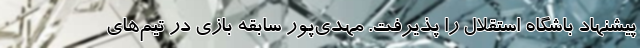
پیشنهاد باشگاه استقلال را پذیرفت. مهدی‌پور سابقه بازی در تیم‌های